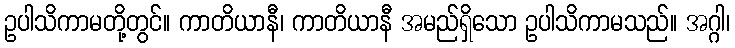
ဥပါသိကာမတို့တွင်။ ကာတိယာနီ၊ ကာတိယာနီ အမည်ရှိသော ဥပါသိကာမသည်။ အဂ္ဂါ၊